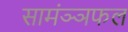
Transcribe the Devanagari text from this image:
सामंञ्ञफल